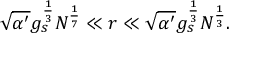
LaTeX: \sqrt { \alpha ^ { \prime } } g _ { s } ^ { \frac { 1 } { 3 } } N ^ { \frac { 1 } { 7 } } \ll r \ll \sqrt { \alpha ^ { \prime } } g _ { s } ^ { \frac { 1 } { 3 } } N ^ { \frac { 1 } { 3 } } .